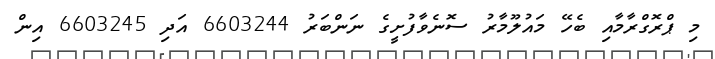
މި ޕްރޮގްރާމާއި ބެހޭ މައުލޫމާރު ސޮނެވާފުށީގެ ނަންބަރު 6603244 އަދި 6603245 އިން